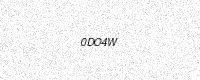
Text: 0DO4W